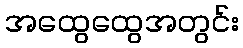
အထွေထွေအတွင်း